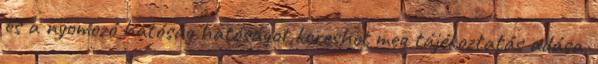
és a nyomozó hatóság hatóságot kereshet meg tájékoztatás adása,